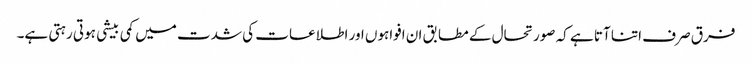
فرق صرف اتنا آتا ہے کہ صورتحال کے مطابق ان افواہوں اور اطلاعات کی شدت میں کمی بیشی ہوتی رہتی ہے۔